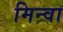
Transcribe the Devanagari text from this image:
मिन्वा